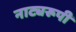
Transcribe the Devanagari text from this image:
नाट्यरूपी